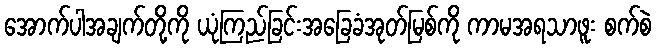
အောက်ပါအချက်တို့ကို ယုံကြည်ခြင်းအခြေခံအုတ်မြစ်ကို ကာမအရသာဖူး စက်စဲ